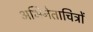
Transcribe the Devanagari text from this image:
अभिनेताचित्रों